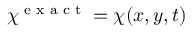
\chi ^ { \textnormal { e x a c t } } = \chi ( x , y , t )